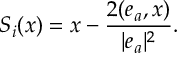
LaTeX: S _ { i } ( x ) = x - \frac { 2 ( e _ { a } , x ) } { | e _ { a } | ^ { 2 } } .